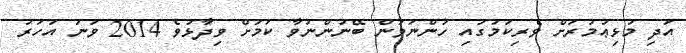
އަދި މުޅިޢުމުރަށް ވެރިކަމުގައި ހުންނަވަން ބޭނުންނުވާ ކަމަށް ވިދާޅުވެ 2014 ވަނަ އަހަރު